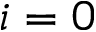
i = 0